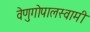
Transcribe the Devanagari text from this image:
वेणुगोपालस्‍वामी